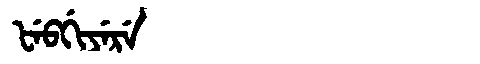
Manchu: ᡶᡝᠪᡤᡳᠶᡝᡵᡝ
Romanization: FEBGIYERE